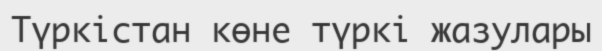
Түркістан көне түркі жазулары